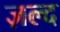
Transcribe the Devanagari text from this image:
ज़ल्द